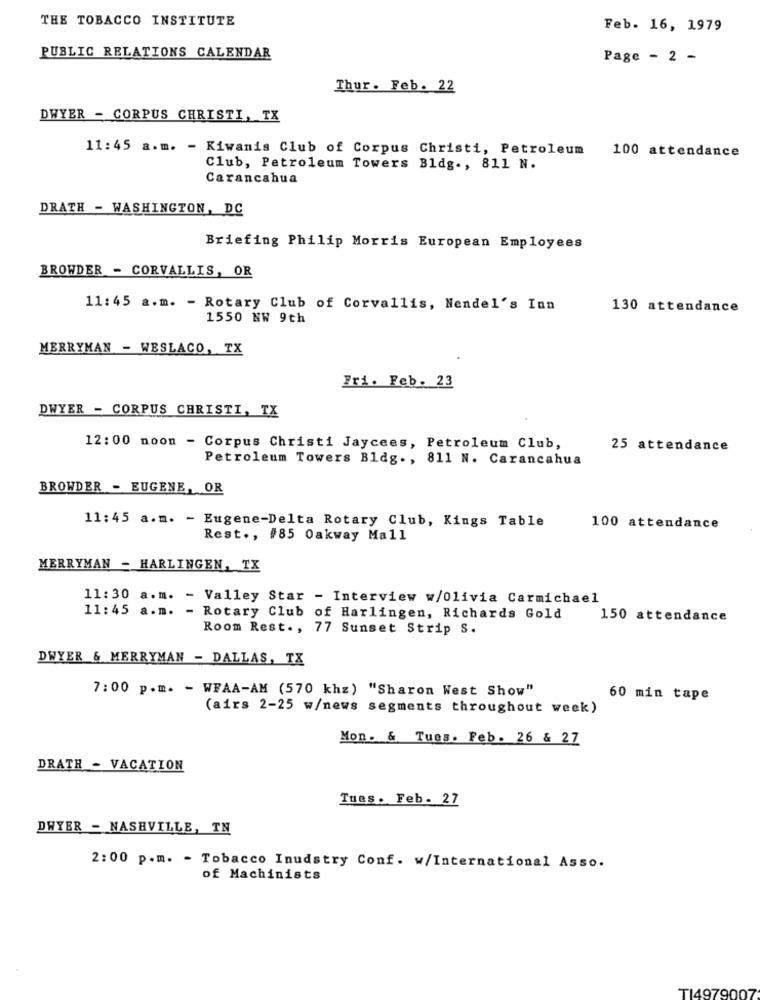
THE TOBACCO INSTITUTE
Feb. 16, 1979
PUBLIC RELATIONS CALENDAR
Page - 2 -
Thur. Feb. 22
DWYER - CORPUS CHRISTI, TX
11:45 a.m. - Kiwanis Club of Corpus Christi, Petroleum
100 attendance
Club, Petroleum Towers Bldg ., 811 N.
Carancahua
DRATH - WASHINGTON, DC
Briefing Philip Morris European Employees
BROWDER - CORVALLIS, OR
11:45 a.m. - Rotary Club of Corvallis, Nendel's Inn
130 attendance
1550 NW 9th
MERRYMAN - WESLACO, TX
Fri. Feb. 23
DWYER - CORPUS CHRISTI, TX
12:00 noon - Corpus Christi Jaycees, Petroleum Club,
25 attendance
Petroleum Towers Bldg ., 811 N. Carancahua
BROWDER - EUGENE, OR
11:45 a.m. - Eugene-Delta Rotary Club, Kings Table
100 attendance
Rest ., #85 0akway Mall
MERRYMAN - HARLINGEN, TX
11:30 a.m. - Valley Star - Interview w/Olivia Carmichael
11:45 a.m. - Rotary Club of Harlingen, Richards Gold
150 attendance
Room Rest ., 77 Sunset Strip S.
DWYER & MERRYMAN - DALLAS, TX
7:00 p.m. - WFAA-AM (570 khz) "Sharon West Show"
60 min tape
(airs 2-25 w/news segments throughout week)
Mon. & Tues. Feb. 26 & 27
DRATH - VACATION
Tues. Feb. 27
DWYER - NASHVILLE, TN
2:00 p.m. - Tobacco Inudstry Conf. w/International Asso.
of Machinists
TI4979007